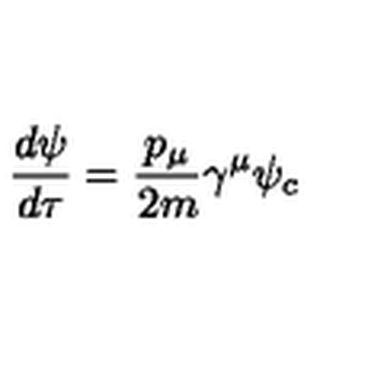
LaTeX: \frac { d \psi } { d \tau } = \frac { p _ { \mu } } { 2 m } \gamma ^ { \mu } \psi _ { c }